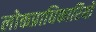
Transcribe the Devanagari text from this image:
लोकप्राधिकारियों